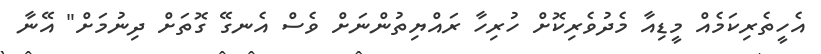
އެހީތެރިކަމެއް މީޑިއާ މެދުވެރިކޮށް ހުރިހާ ރައްޔިތުންނަށް ވެސް އެނގޭ ގޮތަށް ދިނުމަށް" އޭނާ